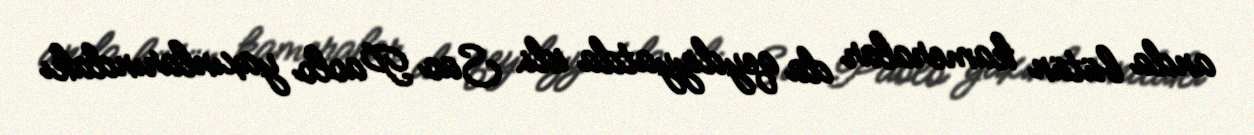
anda bütün kameralar da qeydiyyatda idi. Sao Paolo yaxınlarındakı